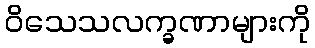
ဝိသေသလက္ခဏာများကို